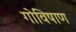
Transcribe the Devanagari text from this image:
गोविषाण